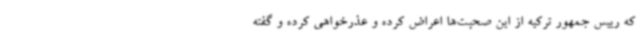
که رییس جمهور ترکیه از این صحبت‌ها اعراض کرده و عذرخواهی کرده و گفته